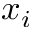
x _ { i }